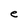
Character: e